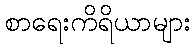
စာရေးကိရိယာများ